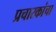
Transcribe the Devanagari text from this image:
प्रचारकांचा